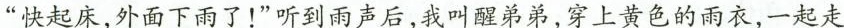
“快起床，外面下雨了！”听到雨声后，我叫醒弟弟，穿上黄色的雨衣，一起走